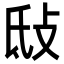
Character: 㪆